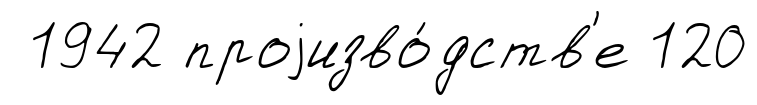
1942 проjизво́дств'е 120